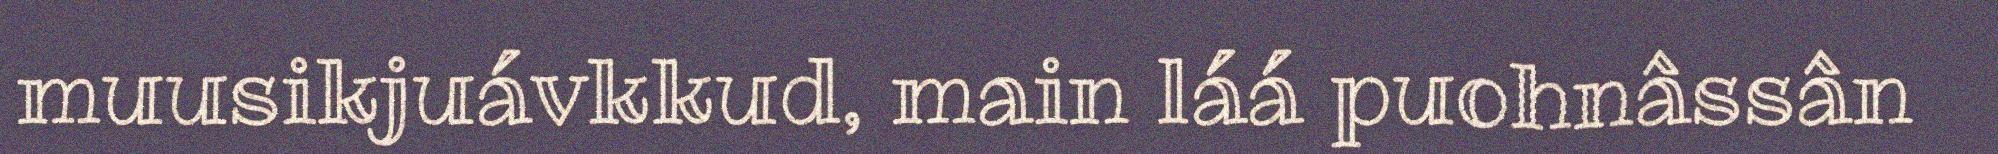
muusikjuávkkud, main láá puohnâssân